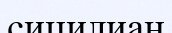
сицилиан